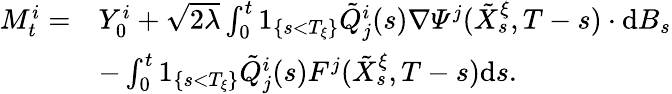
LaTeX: \begin{array}{rl}{M_{t}^{i}=}&{Y_{0}^{i}+\sqrt{2\lambda}\int_{0}^{t}1_{\{ s<T_{\xi}\} }\tilde{Q}_{j}^{i}(s)\nabla\varPsi^{j}(\tilde{X}_{s}^{\xi},T-s)\cdot\mathrm{d}B_{s}}\\ &{-\int_{0}^{t}1_{\{ s<T_{\xi}\} }\tilde{Q}_{j}^{i}(s)F^{j}(\tilde{X}_{s}^{\xi},T-s)\mathrm{d}s.}\end{array}